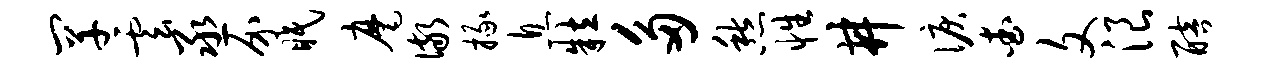
罕云丞介眠麾儆掾息粒多愁性井泪查文浪醅